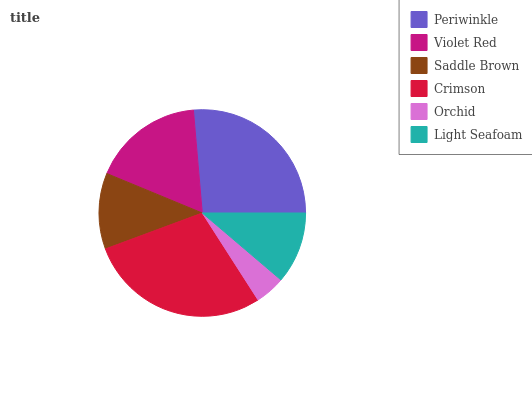
| Periwinkle | Violet Red | Saddle Brown | Crimson | Orchid | Light Seafoam |
 | --- | --- | --- | --- | --- | --- |
 | 26.4% | 17.3% | 11.9% | 28.5% | 4.69% | 11.2% |